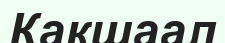
Какшаал